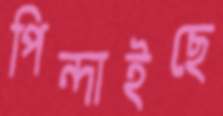
পিন্দাইছে